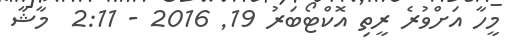
މީހާ އަށްވުރެ ރީތި އޮކްޓޯބަރު 19